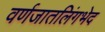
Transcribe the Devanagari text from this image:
वर्णजातलिंगभेद